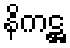
နိကဋ္ဌ